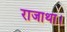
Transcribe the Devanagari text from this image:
राजाथा।